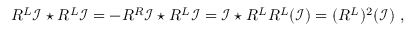
R ^ { L } \mathcal { I } \star R ^ { L } \mathcal { I } = - R ^ { R } \mathcal { I } \star R ^ { L } \mathcal { I } = \mathcal { I } \star R ^ { L } R ^ { L } ( \mathcal { I } ) = ( R ^ { L } ) ^ { 2 } ( \mathcal { I } ) \ ,